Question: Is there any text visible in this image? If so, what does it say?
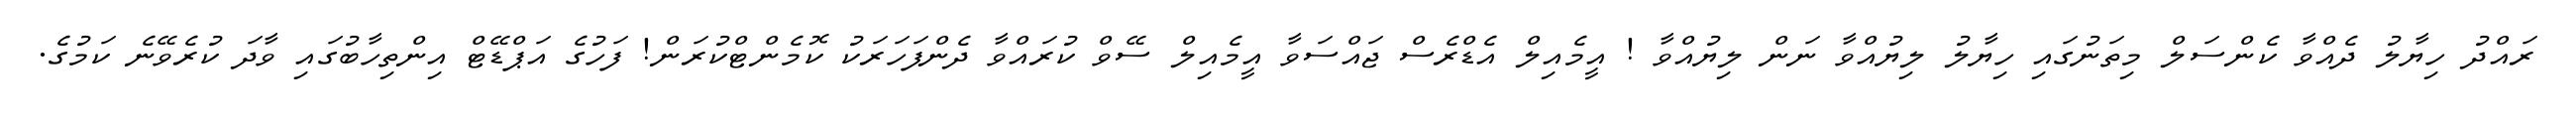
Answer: ރައްދު ހިޔާލު ދެއްވާ ކެންސަލް މިތަނުގައި ހިޔާލު ލިޔުއްވާ ނަން ލިޔުއްވާ ! އީމެއިލް އެޑްރެސް ޖައްސަވާ އީމެއިލް ސޭވް ކުރައްވާ ދެންފަހަރަކު ކޮމެންޓްކުރަން! ފަހުގެ އަޕްޑޭޓް އިންތިހާބުގައި ވާދަ ކުރެވޭނެ ކަމުގެ.